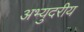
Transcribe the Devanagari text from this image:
अभ्युदरीय